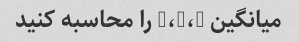
میانگین 3،2،5 را محاسبه کنید